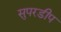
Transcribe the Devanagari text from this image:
सुपरडीप